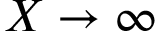
X \to \infty